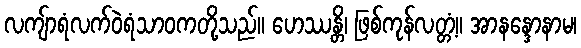
လကျ်ာရံလက်ဝဲရံသာဝကတို့သည်။ ဟေဿန္တိ၊ ဖြစ်ကုန်လတ္တံ့။ အာနန္ဒောနာမ၊